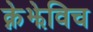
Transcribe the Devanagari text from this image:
क्नेझेविच